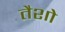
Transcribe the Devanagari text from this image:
तैशो